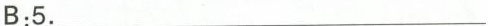
B:5.___